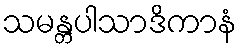
သမန္တပါသာဒိကာနံ